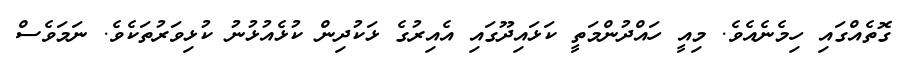
ގޮތެއްގައި ހިމެނެއެވެ. މިއީ ހައްދުންމަތީ ކަޅައިދޫގައި އެއިރުގެ ޅަކުދިން ކުޅެއުޅުނު ކުޅިވަރުތަކެވެ. ނަމަވެސް